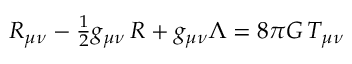
\textstyle R _ { \mu \nu } - { \frac { 1 } { 2 } } g _ { \mu \nu } \, R + g _ { \mu \nu } \Lambda = 8 \pi G \, T _ { \mu \nu }